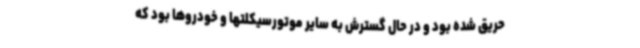
حریق شده بود و در حال گسترش به سایر موتورسیکلتها و خودروها بود که